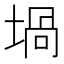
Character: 堝